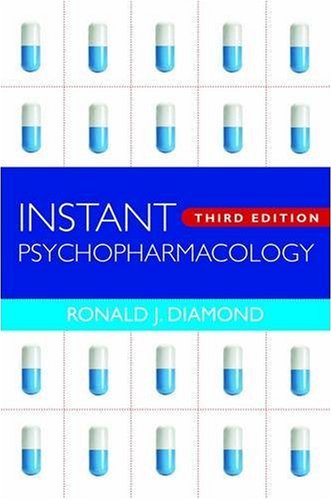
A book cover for Instant Psychopharmacology (Third Edition); Ronald J. Diamond; Medical Books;